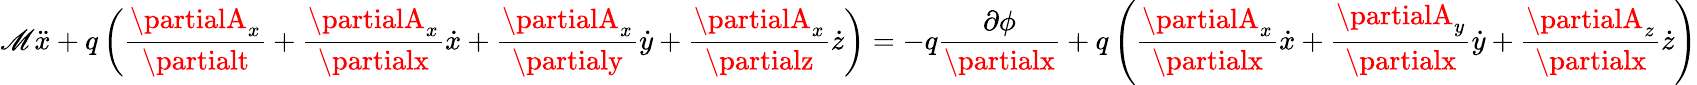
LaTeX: \mathscr{M}{\ddot{{x}}}+q\left({\frac{{\partialA_{x}}}{{\partialt}}}+{\frac{{\partialA_{x}}}{{\partialx}}}{\dot{{x}}}+{\frac{{\partialA_{x}}}{{\partialy}}}{\dot{{y}}}+{\frac{{\partialA_{x}}}{{\partialz}}}{\dot{{z}}}\right)=-q{\frac{{\partial\phi}}{{\partialx}}}+q\left({\frac{{\partialA_{x}}}{{\partialx}}}{\dot{{x}}}+{\frac{{\partialA_{y}}}{{\partialx}}}{\dot{{y}}}+{\frac{{\partialA_{z}}}{{\partialx}}}{\dot{{z}}}\right)